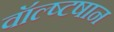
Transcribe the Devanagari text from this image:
वॉल्ष्टषान